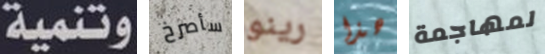
وتنمية سأصرخ رينو هذا لمهاجمة